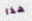
هذا